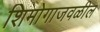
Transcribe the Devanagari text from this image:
शिमोगाजवळील